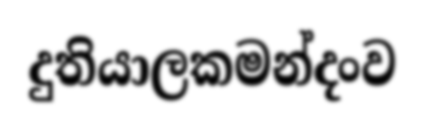
දුතියාලකමන්දංව